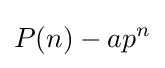
P(n)-ap^{n}